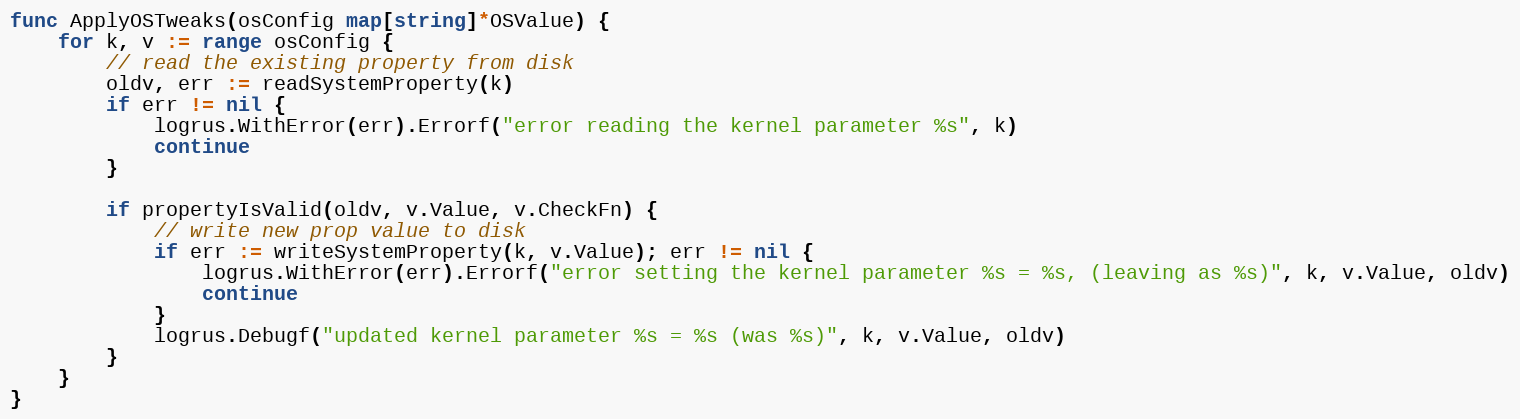
Language: Go
func ApplyOSTweaks(osConfig map[string]*OSValue) {
	for k, v := range osConfig {
		// read the existing property from disk
		oldv, err := readSystemProperty(k)
		if err != nil {
			logrus.WithError(err).Errorf("error reading the kernel parameter %s", k)
			continue
		}

		if propertyIsValid(oldv, v.Value, v.CheckFn) {
			// write new prop value to disk
			if err := writeSystemProperty(k, v.Value); err != nil {
				logrus.WithError(err).Errorf("error setting the kernel parameter %s = %s, (leaving as %s)", k, v.Value, oldv)
				continue
			}
			logrus.Debugf("updated kernel parameter %s = %s (was %s)", k, v.Value, oldv)
		}
	}
}